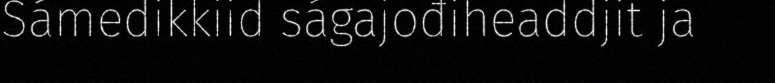
Sámedikkiid ságajođiheaddjit ja